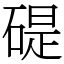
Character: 碮